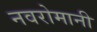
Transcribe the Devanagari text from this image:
नवरोमानी